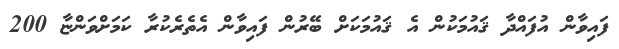
ފައިވާން އުފައްދާ ޤައުމަކުން އެ ޤައުމަކަށް ބޭރުން ފައިވާން އެތެރެކުރާ ކަމަށްވަންޏާ 200